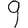
Digit: 9